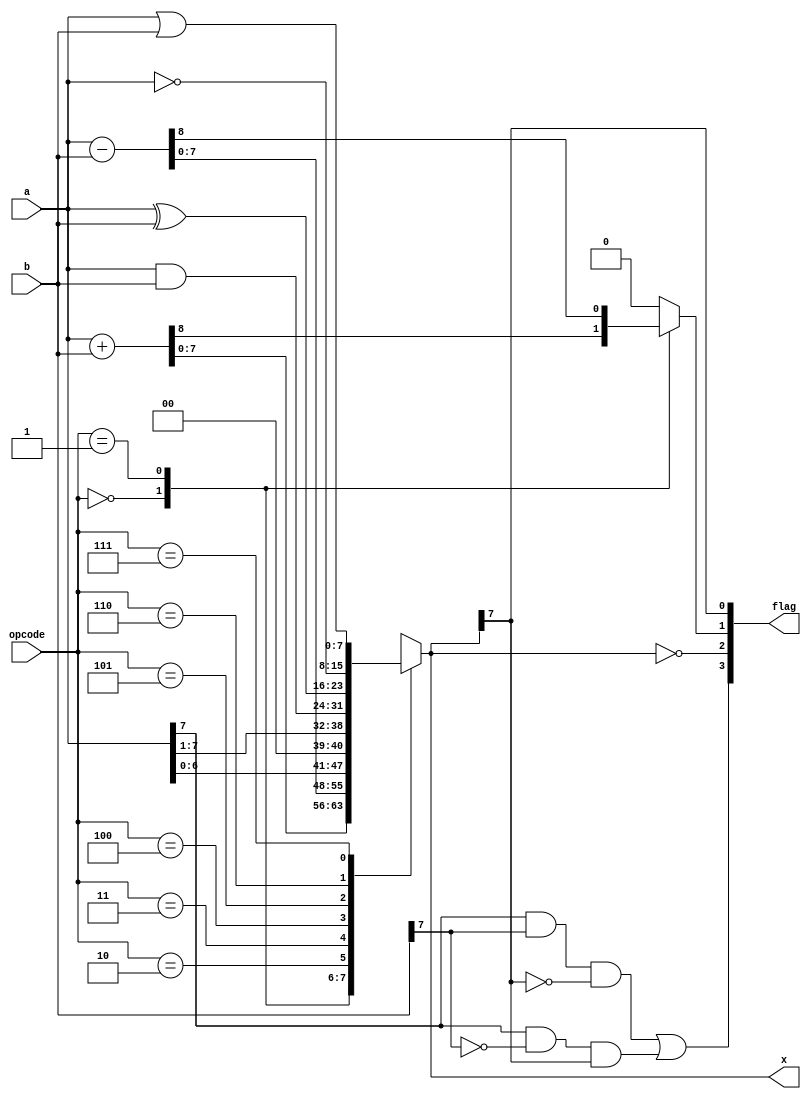
`timescale 1ns / 1ps
//////////////////////////////////////////////////////////////////////////////////
// Company: 
// Engineer: 
// 
// Design Name: 
// Module Name:    alu_code 
// Project Name: 
// Target Devices: 
// Tool versions: 
// Description: 
//
// Dependencies: 
//
// Revision: 
// Revision 0.01 - File Created
// Additional Comments: 
//
//////////////////////////////////////////////////////////////////////////////////
module alu_code(
    input [7:0] a,
    input [7:0] b,
    output [7:0] x,
    output [3:0] flag,
    input [2:0] opcode
    );


reg [7:0] regis;
	reg carry;

always @(a or b or opcode)
begin
	regis <= 8'b0;
	carry <= 1'b0;
	case(opcode)
	3'b000:{carry,regis} <= a+b;
	3'b001:{carry,regis} <= a - b;
	3'b010:regis <= a<<1;
	3'b011:regis <= a>>1;
	3'b100:regis <= a&b;
	3'b101:regis <= a^b;
	3'b110:regis <= ~a;
	3'b111:regis <= a|b;
	endcase
end
assign x = regis;
assign flag[0] = regis[7];
assign flag[1] = carry;
assign flag[2] = (regis == 8'b0);
assign flag[3] = (a[7] & b[7] & ~regis[7]) | (a[7] & ~b[7] & regis[7]);

endmodule